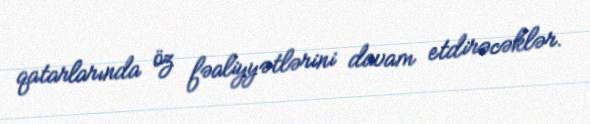
qatarlarında öz fəaliyyətlərini davam etdirəcəklər.